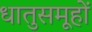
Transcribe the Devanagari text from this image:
धातुसमूहों